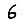
Digit: 6